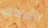
المفك